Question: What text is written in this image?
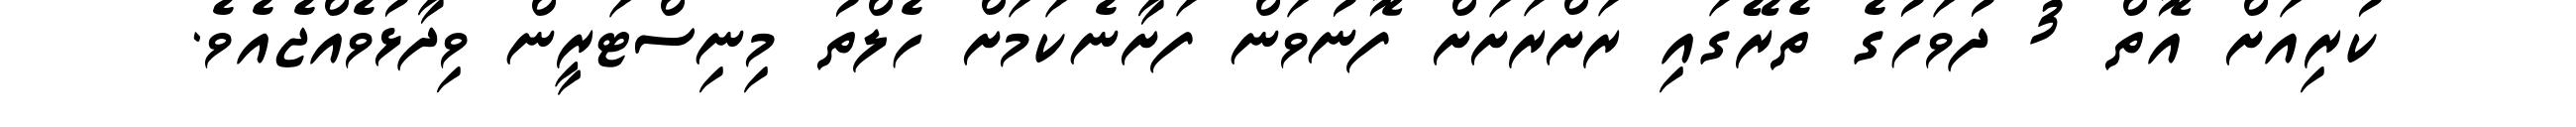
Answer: ކުރިއަށް އޮތް 3 ދުވަހުގެ ތެރޭގައި ރަށްރަށަށް ފޮނުވަން ފަށާނެކަމަށް ހެލްތު މިނިސްޓަރީން ވިދާޅުވެއްޖެއެވެ.